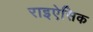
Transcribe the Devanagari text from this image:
राइऐसिक